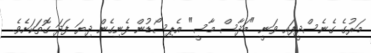
މަރުގެ ގެނެސްދީފައި ވަނީ "މަދާސް މާސީ" އެޕިސޯޑުން ފެނިގެން ދިޔަ ފަދަ ގޮތަކަށެވެ.